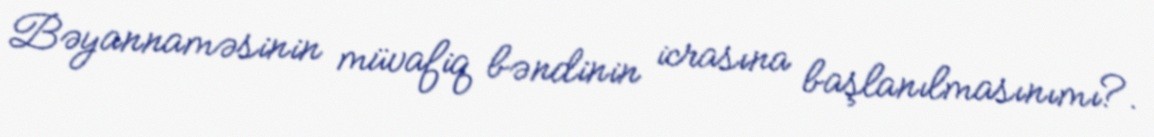
Bəyannaməsinin müvafiq bəndinin icrasına başlanılmasınımı?.